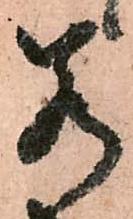
若